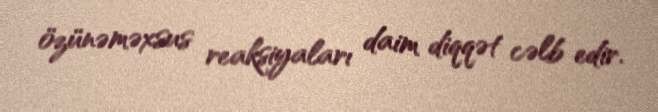
özünəməxsus reaksiyaları daim diqqət cəlb edir.